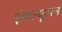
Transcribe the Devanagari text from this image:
इंक्ल्यूजन